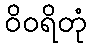
ဝိဝရိတုံ